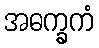
အဓက္ခကံ